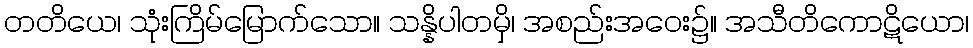
တတိယေ၊ သုံးကြိမ်မြောက်သော။ သန္နိပါတမှိ၊ အစည်းအဝေး၌။ အသီတိကောဋိယော၊